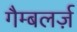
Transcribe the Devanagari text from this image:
गैम्बलर्ज़